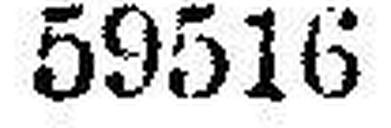
59516